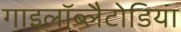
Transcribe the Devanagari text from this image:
गाइलॉब्लैटोडिया